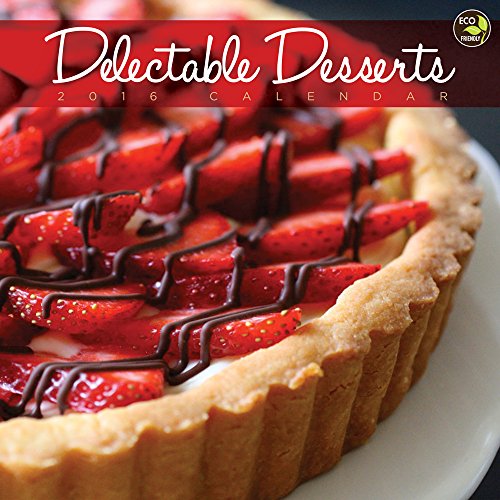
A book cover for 2016 Delectable Desserts Wall Calendar; Annie's Eats; Calendars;